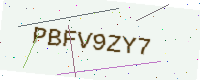
Text: PBFV9ZY7